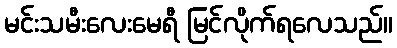
မင်းသမီးလေးမေရီ မြင်လိုက်ရလေသည်။